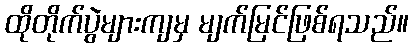
ထိုတိုက်ပွဲများကျမှ မျက်မြင်ဖြစ်ရသည်။